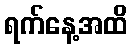
ရက်နေ့အထိ